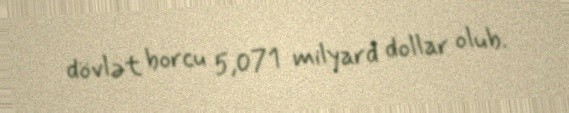
dövlət borcu 5,071 milyard dollar olub.